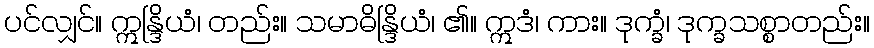
ပင်လျှင်။ ဣန္ဒြိယံ၊ တည်း။ သမာဓိန္ဒြိယံ၊ ၏။ ဣဒံ၊ ကား။ ဒုက္ခံ၊ ဒုက္ခသစ္စာတည်း။